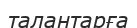
талантарға